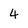
Character: 4